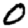
Digit: 0